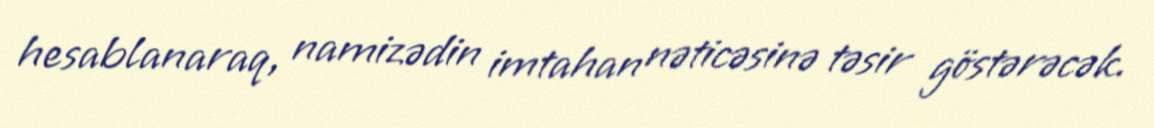
hesablanaraq, namizədin imtahan nəticəsinə təsir göstərəcək.